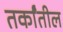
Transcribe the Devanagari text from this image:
तर्कांतील